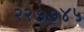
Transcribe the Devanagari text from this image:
२२७७४५